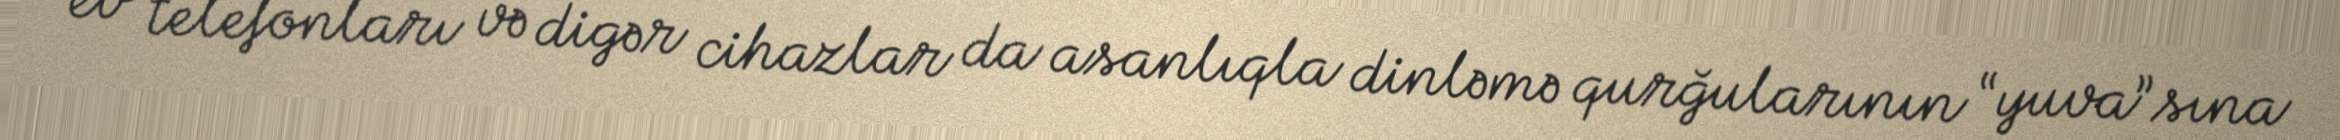
ev telefonları və digər cihazlar da asanlıqla dinləmə qurğularının “yuva”sına